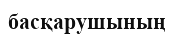
басқарушының